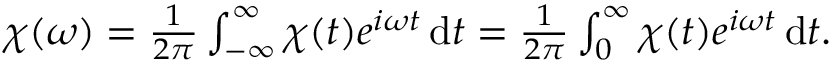
\begin{array} { r } { \chi ( \omega ) = \frac { 1 } { 2 \pi } \int _ { - \infty } ^ { \infty } \chi ( t ) e ^ { i \omega t } \, \mathrm { d } t = \frac { 1 } { 2 \pi } \int _ { 0 } ^ { \infty } \chi ( t ) e ^ { i \omega t } \, \mathrm { d } t . } \end{array}